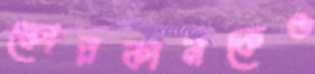
ফোরকানকেও